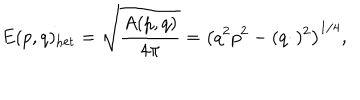
LaTeX: E ( p , q ) _ { \mathrm { h e t } } = \sqrt { \frac { A ( p , q ) } { 4 \pi } } = \left( q ^ { 2 } p ^ { 2 } - ( q \cdotp ) ^ { 2 } \right) ^ { 1 / 4 } ,